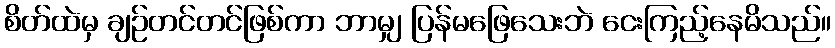
စိတ်ထဲမှ ချဉ်တင်တင်ဖြစ်ကာ ဘာမျှ ပြန်မဖြေသေးဘဲ ငေးကြည့်နေမိသည်။